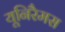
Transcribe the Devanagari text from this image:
यूनिरैमस